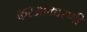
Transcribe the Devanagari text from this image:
करआकारणी